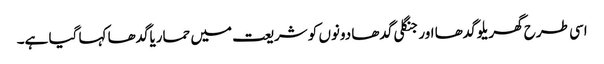
اسی طرح گھریلو گدھا اور جنگلی گدھا دونوں کو شریعت میں حماریاگدھا کہا گیا ہے۔